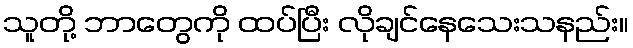
သူတို့ ဘာတွေကို ထပ်ပြီး လိုချင်နေသေးသနည်း။